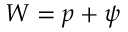
W = p + \psi